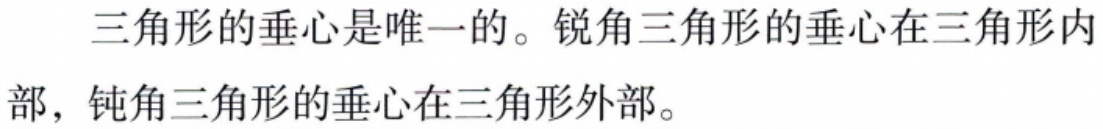
三角形的垂心是唯一的。锐角三角形的垂心在三角形内部，钝角三角形的垂心在三角形外部。